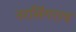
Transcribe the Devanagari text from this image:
नरसिंगराव